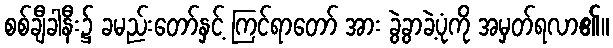
စစ်ချီခါနီး၌ ခမည်းတော်နှင့် ကြင်ရာတော် အား ခွဲခွာခဲ့ပုံကို အမှတ်ရလာ၏။